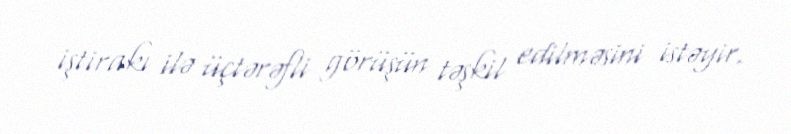
iştirakı ilə üçtərəfli görüşün təşkil edilməsini istəyir.